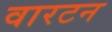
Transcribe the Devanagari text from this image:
वारटन